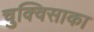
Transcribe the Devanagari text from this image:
चुक्विसाका